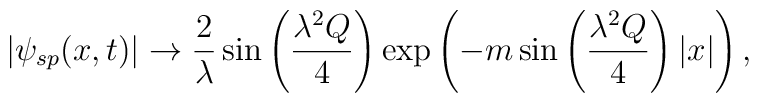
|\psi_{sp}(x,t)|\rightarrow \frac{2}{\lambda}\sin\left(\frac{\lambda^{2}Q}{4}\right)\exp\left(-m\sin\left(\frac{\lambda^{2}Q}{4}\right)|x|\right),